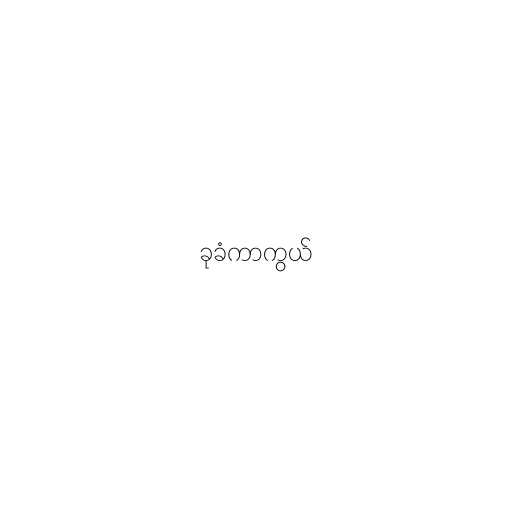
ခုခံကာကွယ်